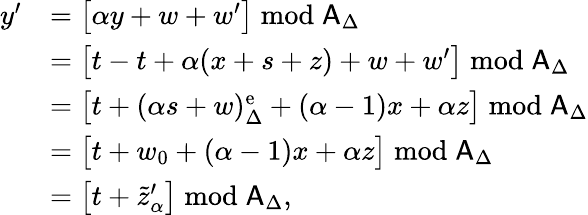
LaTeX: \begin{array}{rl}{y^{\prime}}&{=\bigl[\alpha y+w+w^{\prime}\bigr]\bmod\mathsf{A}_{\Delta}}\\ &{=\bigl[t-t+\alpha(x+s+z)+w+w^{\prime}\bigr]\bmod\mathsf{A}_{\Delta}}\\ &{=\bigl[t+(\alpha s+w)_{\Delta}^{\mathrm{e}}+(\alpha-1)x+\alpha z\bigr]\bmod\mathsf{A}_{\Delta}}\\ &{=\bigl[t+w_{0}+(\alpha-1)x+\alpha z\bigr]\bmod\mathsf{A}_{\Delta}}\\ &{=\bigl[t+\tilde{z}_{\alpha}^{\prime}\bigr]\bmod\mathsf{A}_{\Delta},}\end{array}